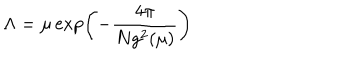
LaTeX: \Lambda = \mu \exp \left( - \frac { 4 \pi } { N g ^ { 2 } ( \mu ) } \right)